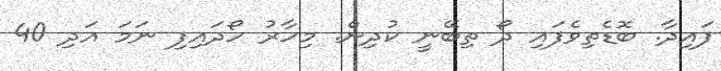
ފައިދާ. ބޮޑެތިވެފައި ދޯ ތިބޭނީ ކުދިން. މިހާރު ހޯދައިފި ނަމަ އަދި 40